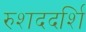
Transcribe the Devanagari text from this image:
रुशददर्शि